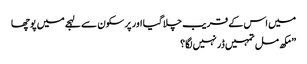
میں اس کے قریب چلا گیا اور پر سکون سے لہجے میں پوچھا
” مکھ مل تمہیں ڈر نہیں لگا؟